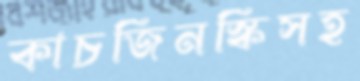
কাচজিনস্কিসহ